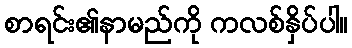
စာရင်း၏နာမည်ကို ကလစ်နှိပ်ပါ။